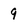
Character: 9